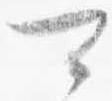
可